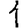
Digit: 1